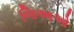
જિઆઓ